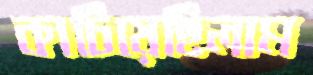
কাচিয়েছিলাম